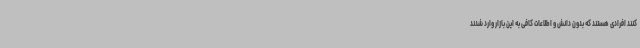
کنند افرادی هستند که بدون دانش و اطلاعات کافی به این بازار وارد شدند